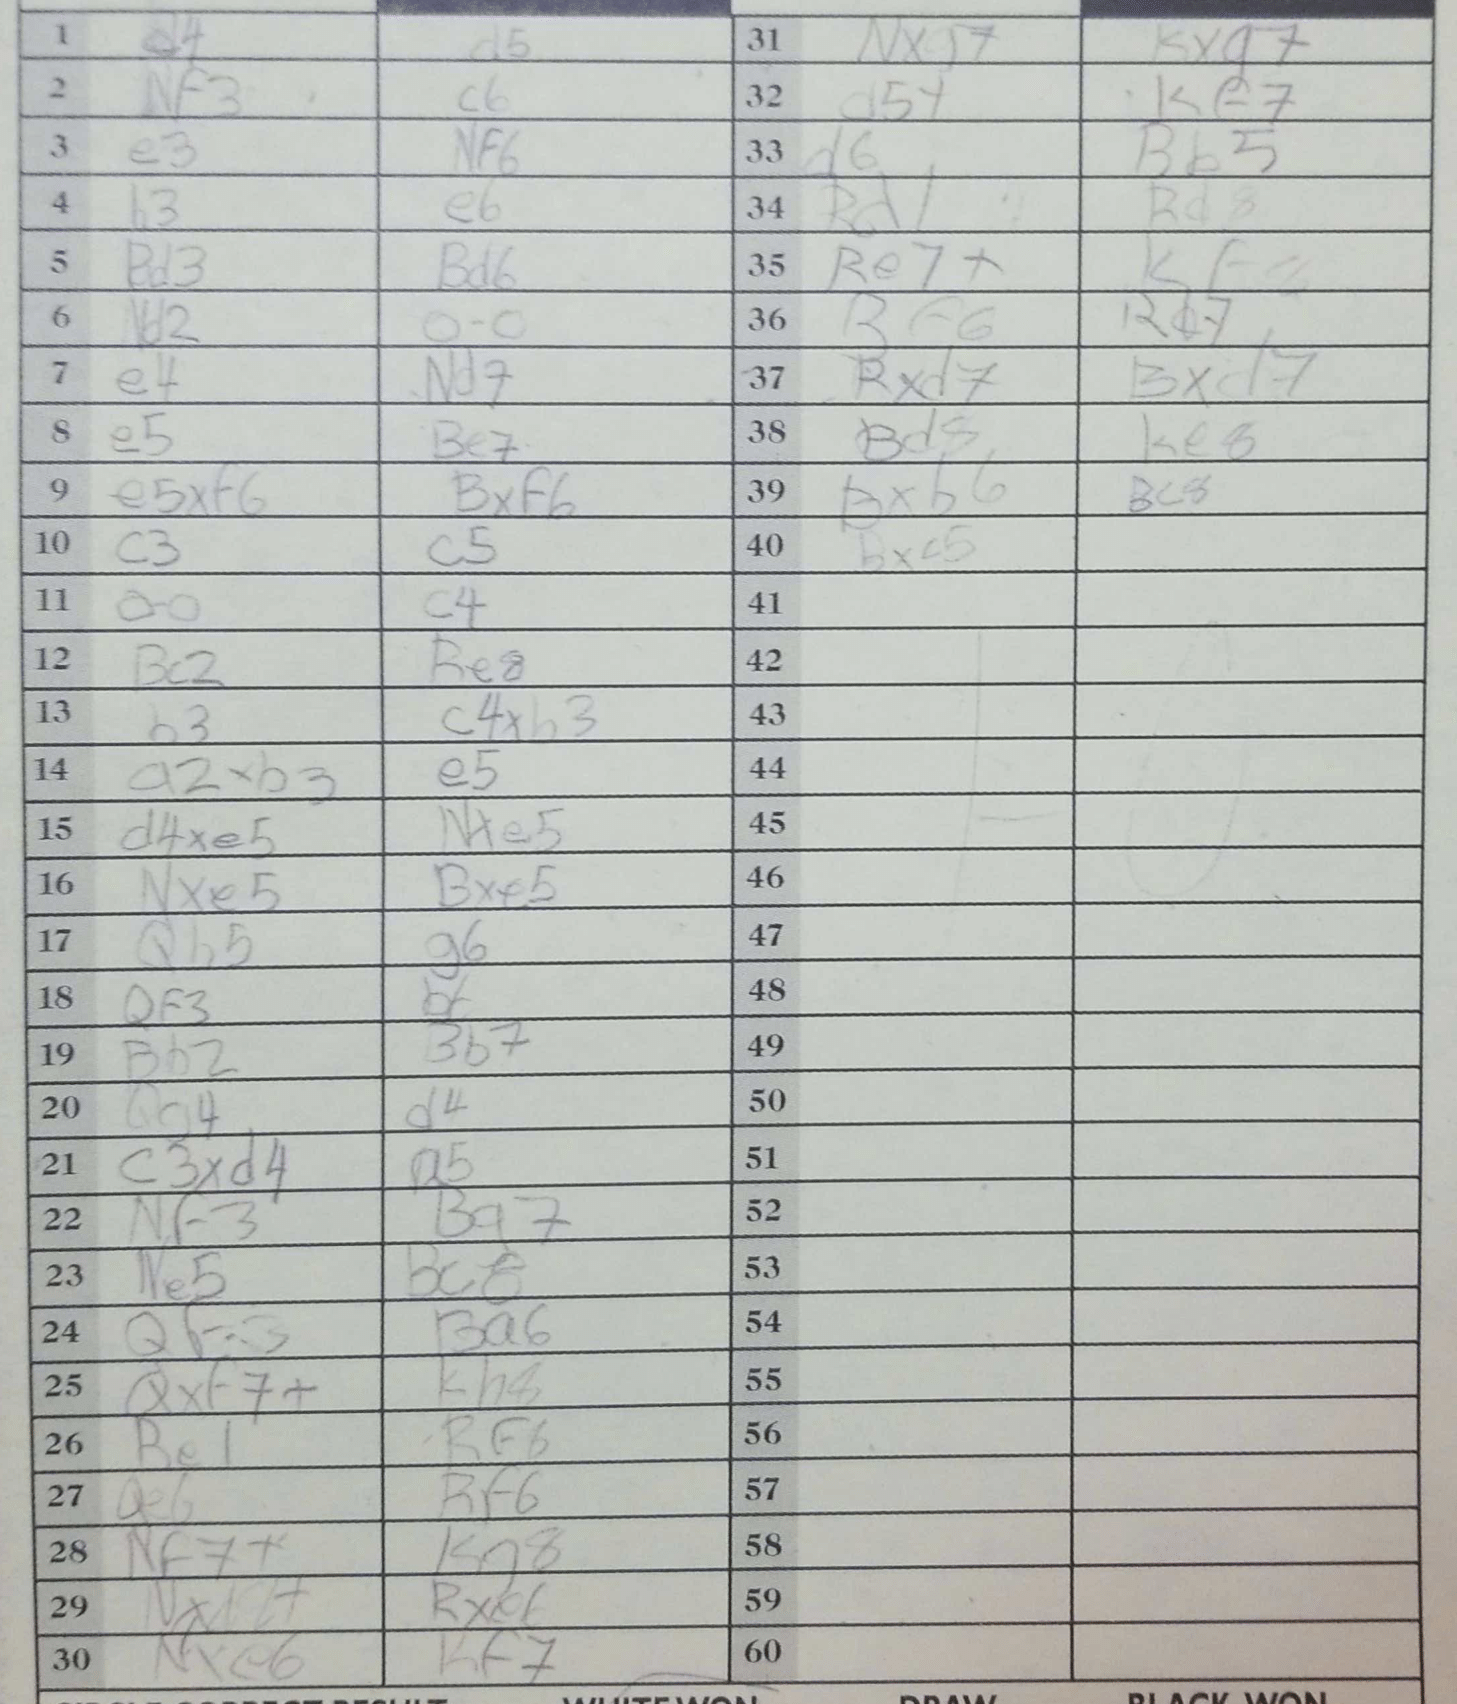
Moves: d4 d5 Nf3 c6 e3 Nf6 b3 e6 Bd3 Bd6 Nd2 O-O e4 Nd7 e5 Be7 e5xf6 Bxf6 c3 c5 O-O c4 Bc2 Re8 b3 c4xb3 a2xb3 e5 d4xe5 Nxe5 Nxe5 Bxe5 Qh5 g6 Qf3 b6 Bb2 Bb7 Qg4 d4 c3xd4 a5 Nf3 Bg7 Ne5 Bc8 Qf3 Ba6 Qxf7+ Kh8 Re1 Rf8 Qe6 Rf6 Nf7+ Kg8 Nxd4+ Rxe6 Nxe6 Kf7 Nxg7 Kxg7 d5+ Ke7 d6 Bb5 Rd1 Rd8 Re7+ Kf8 Bf6 Rd7 Rxd7 Bxd7 Bd5 Ke8 Bxb6 Bc8 bxc5